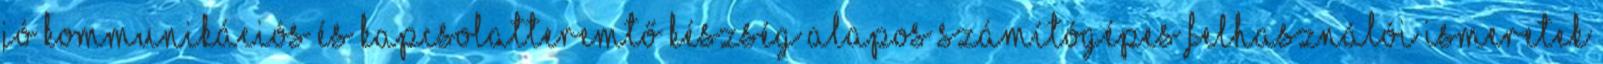
jó kommunikációs és kapcsolatteremtő készség alapos számítógépes felhasználói ismeretek